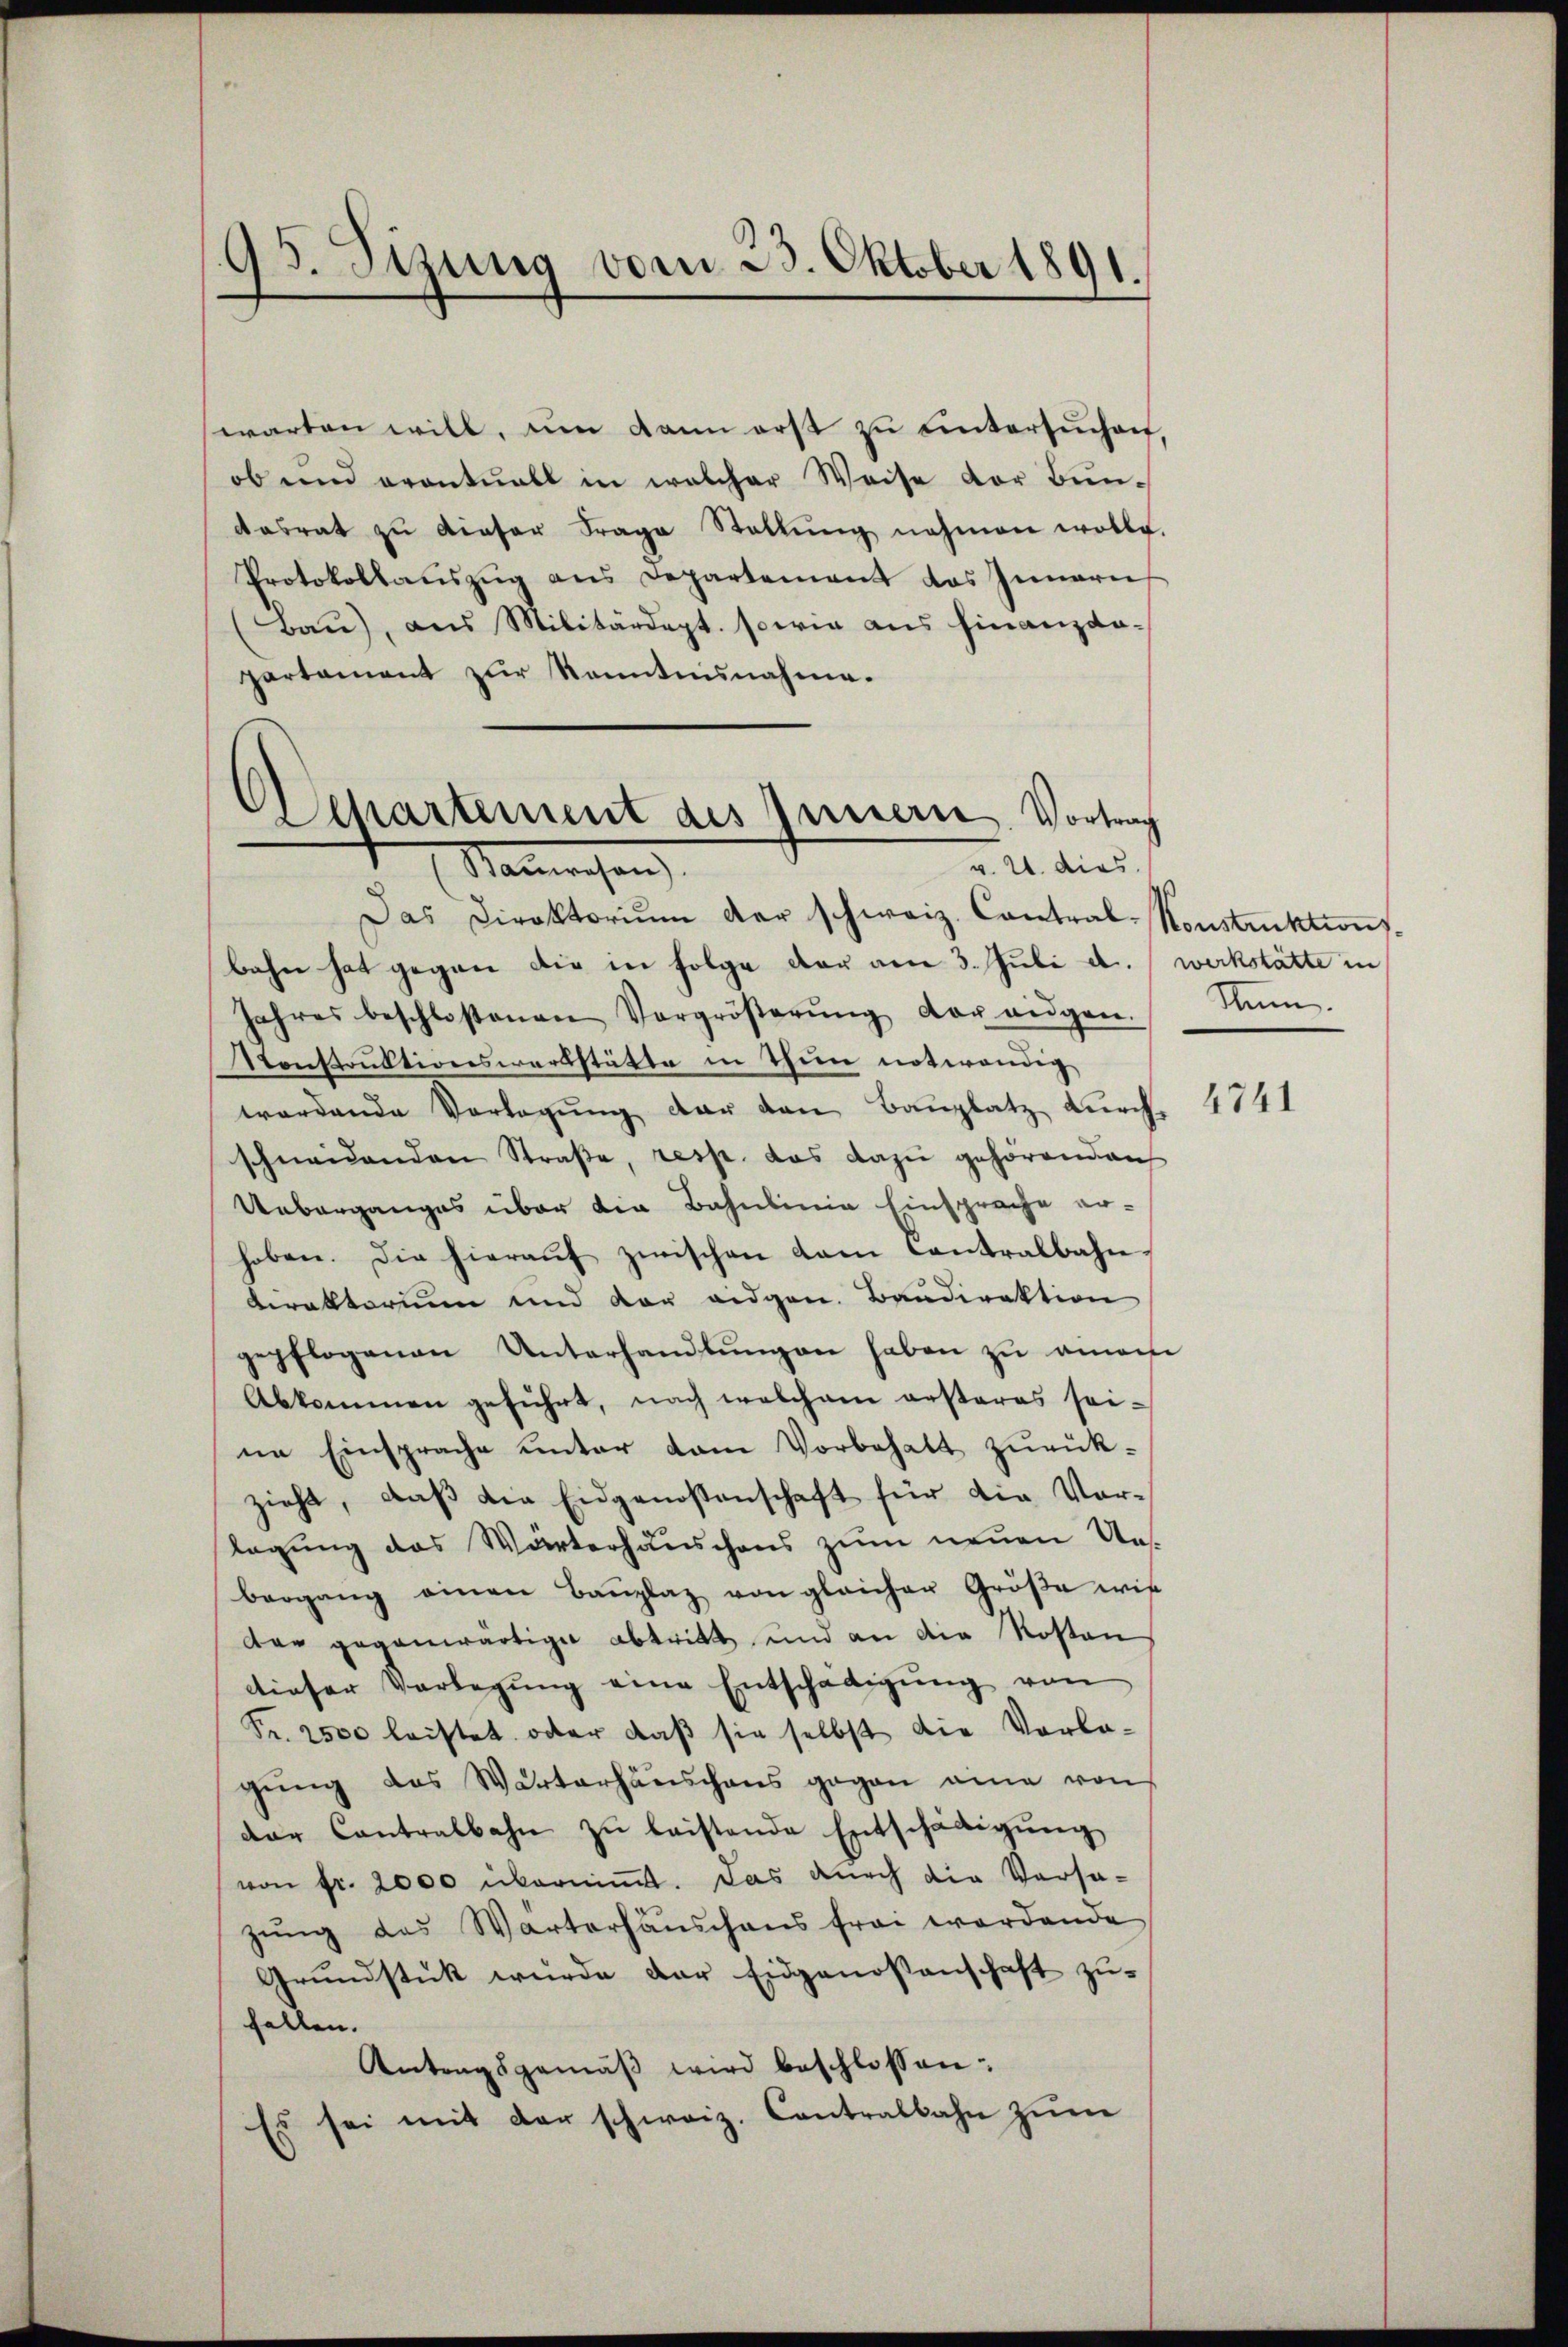
3. Sizung vom 23. Oktober 1891.

warten will, um dann erst zŭ ŭntersŭchen,
ob und eventuell in welcher Weise der Bun-
dasrat zŭ dieser Frage Stellŭng nohmen wolle.
Protokollaŭszŭg ans Departement das Innern
(Baŭ), aus Militärdept. sowie aus finanzda-
partament zur Kenntnisnahme.
)
Departement des Innere Vortrag

v. 21. dies
Manwesen

Das Direktorium der schweiz. Contral-Konstruktion
bahn hat gegen die in Folge der am 3. Juli a. werkstätte in
Jahres beschlossenen Vergröβerŭng der angen.
Konstruktionswerkstätte in Thun notwendig
wordende Vorlegung der den Bauplatz durch 4841
schneidenden Straβe, resp. das dazu gehörenden
Ueberganges über die Bahnlinie Einsprache er-
haben. Die hieraŭf zwischen kam Contralbahn,
Ciraktorium und der eidgen. Baudirektion
gepflogenen Unterhandlungen haben zu einem
Abkommen geführt, nach welchem ersteres seine Einsprache unter dem Vorbehalt zurückzieht, daβ die Eidgenossenschaft für die Vor-
legung des Wärterhäuschens zum neuen Unbergang einen Baŭplaz von gleicher Größe wis
dar gegenwärtiger abtritt und an die Kosten
dieser Vorlegŭng eine Entschädigŭng von
Fr. 2500 leistet oder daß sie selbst die Vorlagŭng des Wärterhäuschens gegen eine von
dar Contralbahn zu leistende Entschädigung
von fr. 2000 übernimmt. Das durch die Vorsazung das Wärterhäuschaus frei wordende
Grundstück wurde der Eidgenossenschaft zufallen.
Antragsgemäβ wird beschlossen:
Es sei mit der schweiz. Contralbahn zŭm

Stum